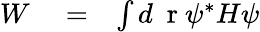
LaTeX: \begin{array}{rlr}{W}&{{}=}&{\int d\mathrm{~\mathbf~r~}\psi^{*}H\psi}\end{array}